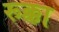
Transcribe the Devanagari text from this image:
रूक्का